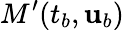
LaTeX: M^{\prime}(t_{b},{\mathbf{u}}_{b})